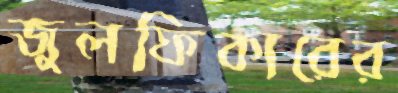
জুলফিকারের